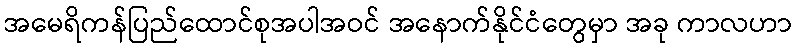
အမေရိကန်ပြည်ထောင်စုအပါအဝင် အနောက်နိုင်ငံတွေမှာ အခု ကာလဟာ